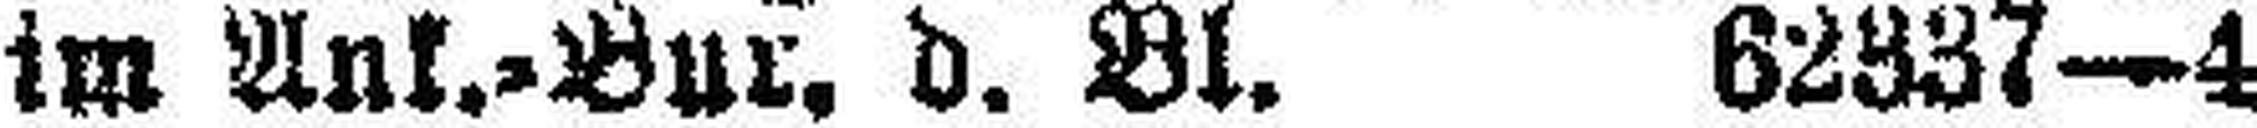
im Ank.=Bur. d. Bl. 62337—4